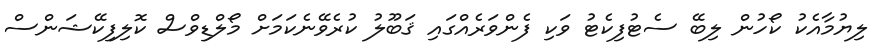
ލިޔުމާއެކު ކޯހުން ލިބޭ ސެޓުފިކެޓު ވަކި ފެންވަރެއްގައި ޤަބޫލު ކުރެވޭނެކަމަށް މޯލްޑިވްސް ކޮލިފިކޭޝަންސް